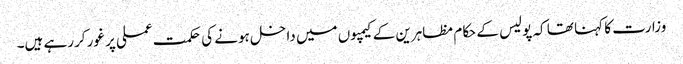
وزارت کا کہنا تھا کہ پولیس کے حکام مظاہرین کے کیمپوں میں داخل ہونے کی حکمت عملی پر غور کررہے ہیں۔